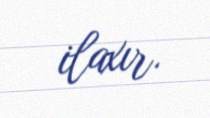
ilaxır.